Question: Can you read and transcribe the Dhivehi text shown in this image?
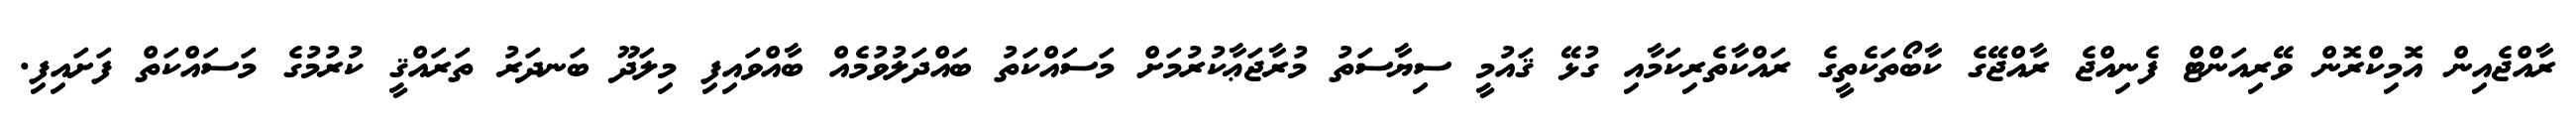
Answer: ރާއްޖެއިން އޮމިކްރޮން ވޭރިއަންޓް ފެނިއްޖެ ރާއްޖޭގެ ކާބޯތަކެތީގެ ރައްކާތެރިކަމާއި ގުޅޭ ޤައުމީ ސިޔާސަތު މުރާޖަޢާކުރުމަށް މަސައްކަތު ބައްދަލުވުމެއް ބާއްވައިފި މިލަދޫ ބަނދަރު ތަރައްޤީ ކުރުމުގެ މަސައްކަތް ފަށައިފި.